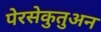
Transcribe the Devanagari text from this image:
पेरसेकुतुअन